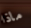
ماذا